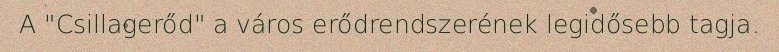
A "Csillagerőd" a város erődrendszerének legidősebb tagja.